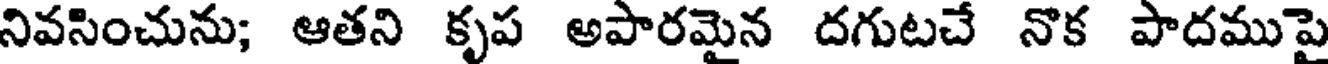
నివసించును; ఆతని కృప అపారమైన దగుటచే నొక పాదముపై